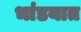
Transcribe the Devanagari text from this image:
भांडयात